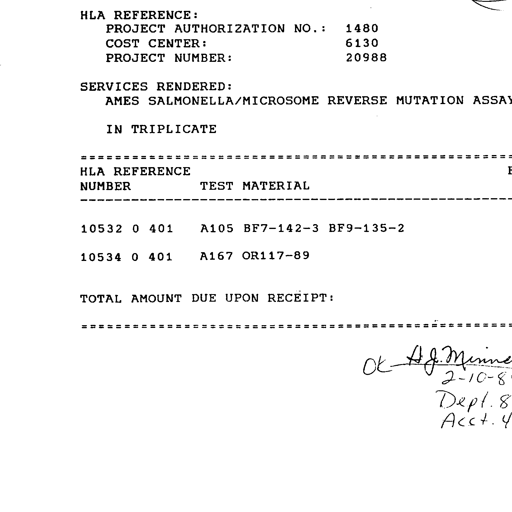
Transcript:
HLA REFERENCE:
PROJECT AUTHORIZATION NO.: 1480
COST CENTER: 6130
PROJECT NUMBER: 20988

SERVICES RENDERED:
AMES SALMONELLA/MICROSOME REVERSE MUTATION ASSAY

IN TRIPLICATE

=========================================================
HLA REFERENCE
NUMBER TEST MATERIAL
---------------------------------------------------------

10532 0 401 A105 BF7-142-3 BF9-135-2

10534 0 401 A167 OR117-89

TOTAL AMOUNT DUE UPON RECEIPT:

=========================================================

OK - H. J. Minne
2-10-84
Dept. 8
Acct. 4